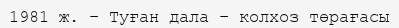
1981 ж. – Туған дала – колхоз төрағасы